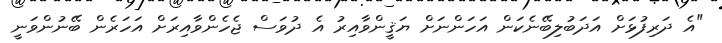
"އެ ދަރިފުޅަށް އަދަބުލިބޭނެކަން އަހަންނަށް ޔަޤީންވާއިރު އެ ދުވަސް ޖެހެންވާއިރަށް އަހަރެން ބޭނުންވަނީ